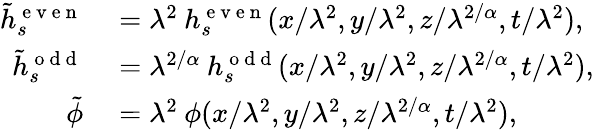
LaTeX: \begin{array}{rl}{\tilde{h}_{s}^{\mathrm{~e~v~e~n~}}}&{{}=\lambda^{2}\: h_{s}^{\mathrm{~e~v~e~n~}}(x/\lambda^{2},y/\lambda^{2},z/\lambda^{2/\alpha},t/\lambda^{2}),}\\ {\tilde{h}_{s}^{\mathrm{~o~d~d~}}}&{{}=\lambda^{2/\alpha}\: h_{s}^{\mathrm{~o~d~d~}}(x/\lambda^{2},y/\lambda^{2},z/\lambda^{2/\alpha},t/\lambda^{2}),}\\ {\tilde{\phi}}&{{}=\lambda^{2}\: \phi(x/\lambda^{2},y/\lambda^{2},z/\lambda^{2/\alpha},t/\lambda^{2}),}\end{array}